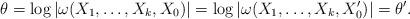
LaTeX: \begin{align*}\theta = \log| \omega(X_1,\ldots,X_k,X_0)| = \log |\omega(X_1,\ldots,X_k,X_0')| = \theta'.\end{align*}